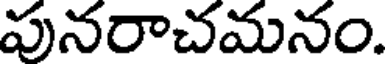
పునరాచమనం.